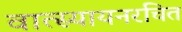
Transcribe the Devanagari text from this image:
वात्स्यायनरचित